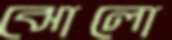
ঝোলো